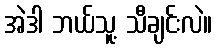
အဲဒါ ဘယ်သူ့ သီချင်းလဲ။